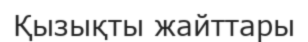
Қызықты жайттары